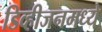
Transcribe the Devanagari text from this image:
डिव्हीजनमध्ये